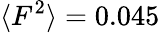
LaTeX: \langle F^{2}\rangle=0.045